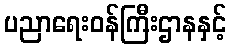
ပညာရေးဝန်ကြီးဌာနနှင့်